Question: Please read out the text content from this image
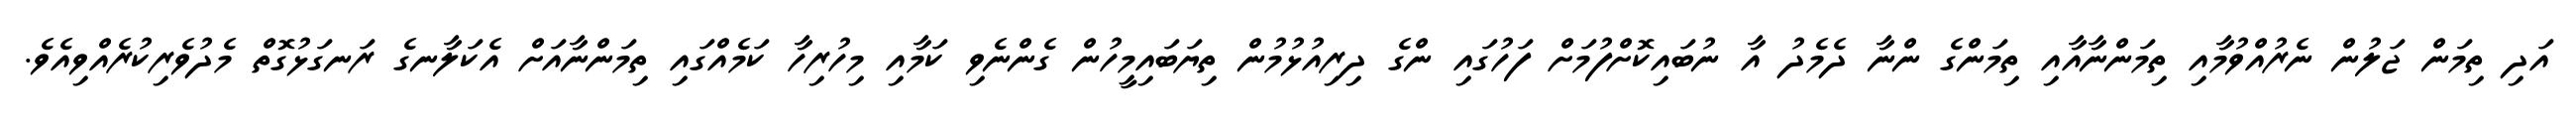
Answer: އަދި ތިމަން ޖަލުން ނެރުއްވުމާއި ތިމަންނާއާއި ތިމަންގެ ންނާ ދެމެދު އާ ނުބައިކޮށްފުމަށް ފަހުގައި ންގެ ދިރިއުޅުމުން ތިޔަބައިމީހުން ގެންނެވި ކަމާއި މިހުރިހާ ކަމެއްގައި ތިމަންނާއަށް އެކަލާނގެ ރަނގަޅުގޮތް މެދުވެރިކުރެއްވިއެވެ.